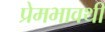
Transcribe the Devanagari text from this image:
प्रेमभावथी